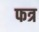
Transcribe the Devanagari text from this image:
फत्र